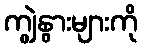
ကျွဲနွားများကို